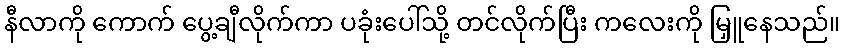
နီလာကို ကောက် ပွေ့ချီလိုက်ကာ ပခုံးပေါ်သို့ တင်လိုက်ပြီး ကလေးကို မြှူနေသည်။